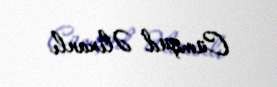
Cümşüd Əlixanlı